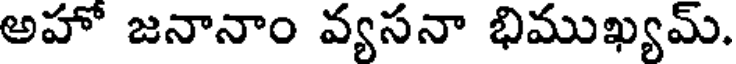
అహో జనానాం వ్యసనా భిముఖ్యమ్.